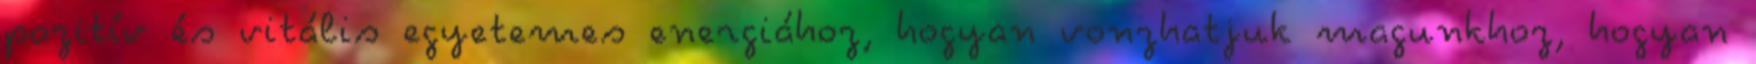
pozitív és vitális egyetemes energiához, hogyan vonzhatjuk magunkhoz, hogyan